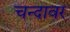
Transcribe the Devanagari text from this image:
चन्दावर